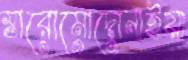
স্তারোমোদোনাইয়া